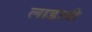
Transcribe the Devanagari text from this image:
लाडानी